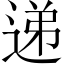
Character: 递